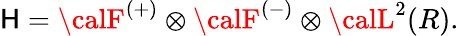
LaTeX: {\cal\mathsf{H}}={\calF}^{(+)}\otimes{\calF}^{(-)}\otimes{\calL}^{2}(R).